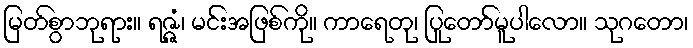
မြတ်စွာဘုရား။ ရဇ္ဇံ၊ မင်းအဖြစ်ကို။ ကာရေတု၊ ပြုတော်မူပါလော။ သုဂတော၊